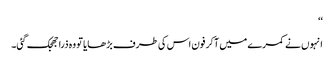
‘‘
انہوں نے کمرے میں آکر فون اس کی طرف بڑھایا تو وہ ذرا جھجک گئی۔